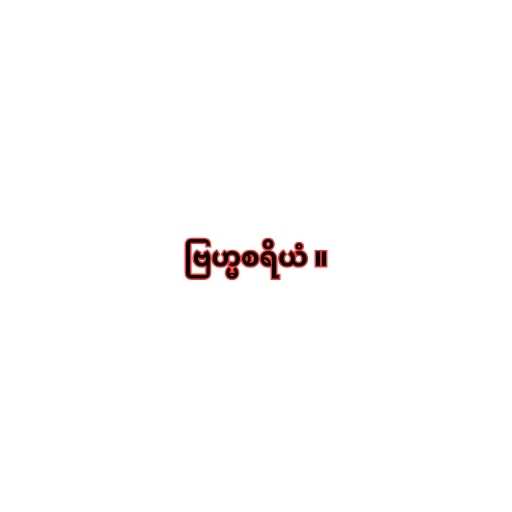
ဗြဟ္မစရိယံ ။